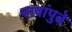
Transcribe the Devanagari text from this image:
नावांपुढे